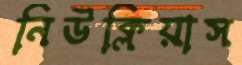
নিউক্লিয়াস